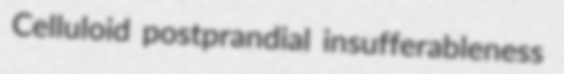
Celluloid postprandial insufferableness